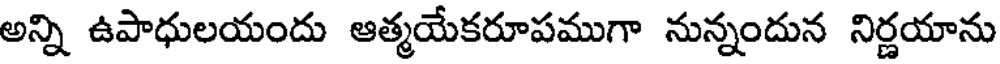
అన్ని ఉపాధులయందు ఆత్మయేకరూపముగా నున్నందున నిర్ణయాను